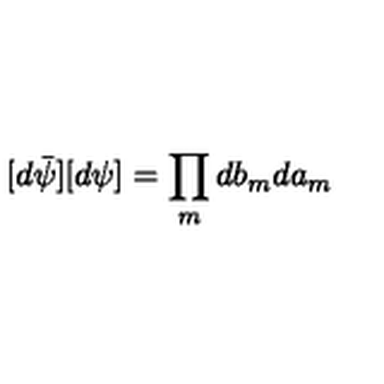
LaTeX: [ d \bar { \psi } ] [ d \psi ] = \prod _ { m } d b _ { m } d a _ { m }